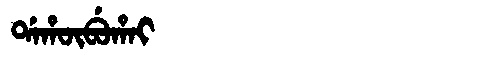
Manchu: ᡩᠠᡥᡡᠪᡠᡥᠠᡳ
Romanization: DAHŪBUHAI